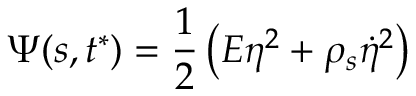
\Psi ( s , t ^ { * } ) = \frac { 1 } { 2 } \left( E \eta ^ { 2 } + \rho _ { s } \dot { \eta } ^ { 2 } \right)